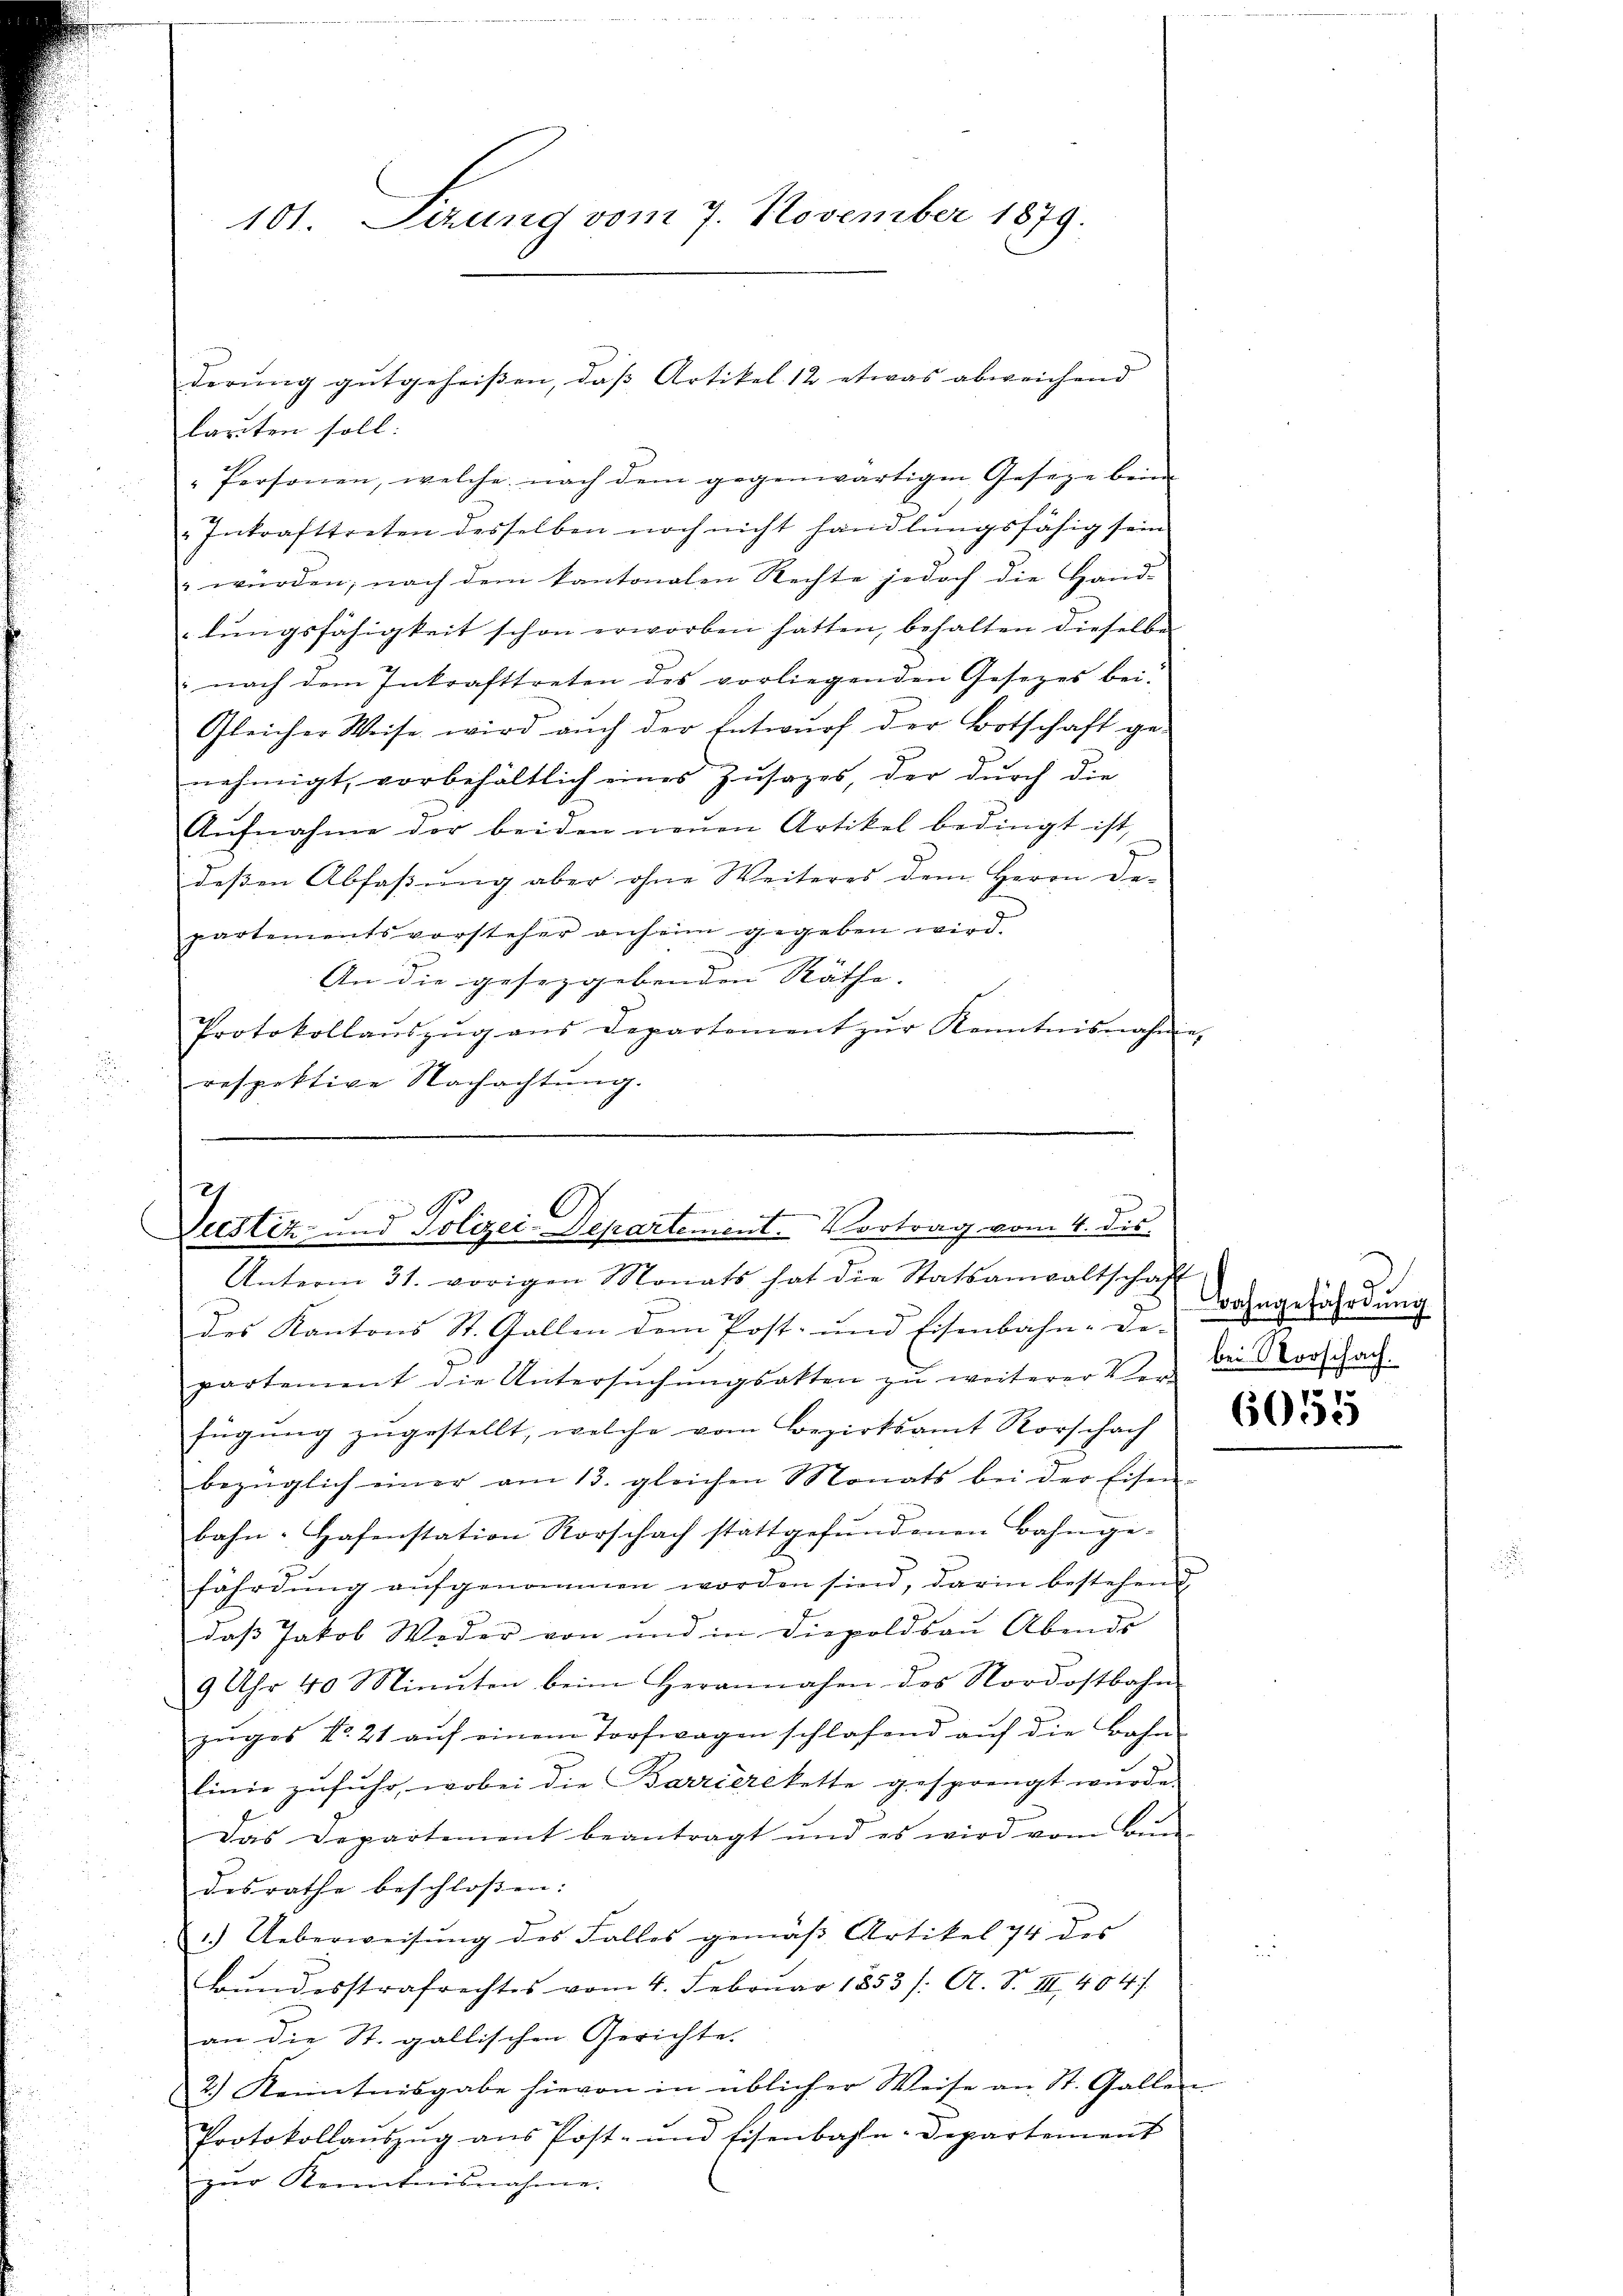
101. Serung vom 7. November 1879.

larten soll.
"Personen, welche nach dem gegenwärtigen Geseze beim
Intrafttreten desselben noch nicht handlŭngsfähig sein
 würden; nach dem kantonalen Rechte jedoch die Hand-
lŭngsfähigkeit schon erworben hätten, behalten dieselbe
: nach dem Inkrafttreten des vorliegenden Gesetzes bei:
Gleicher Weise wird aŭch der Entwŭrf der Botschaft ge-
nehmigt, vorbehältlich eines Zusages, der durch die
Aŭfnahme der beiden neŭen Artikel bedingt ist,
dessen Abfassung aber ohne Weiteres dem Herrn De-
partementsvorsteher anheim gegeben wird.
.
An die gesetzgebenden Räthe. |
Protokollaŭszŭg ans Departement zŭr Kenntnisnahme.
respektive Nachachtŭng.

derŭng gutgeheiβen, daβ Artikel 12 etwas abweichend

2
J
C

Secstiz- und Polizei-Departement. Vortrag vom 4. dis.
Unterm 31. vorigen Monats hat die Statsanwaltschaf

des Kantons St. Gallen dem Post- und Eisenbahn-De-
partement die Untersŭchŭngsakten zŭ weiterer Ver- den Vorschach
fügung zugestellt, welche vom Bezirksamt Rorschach
bezüglich einer am 13. gleichen Monats bei der Eisen-
bahn-Hafenstation Rorschach stattgefŭndenen Bahnge-
fährdŭng aŭfgenommen worden sind, darin bestehend
daβ Jakob Weder von und in Diepoldsaŭ Abends
9 Uhr 40 Minuten beim Herannahen des Nordostbahn
zŭges No. 21 aŭf einem Torfwagen schlafend aŭf die Bahn
linie zufuhr, wobei die Barrierekette gesprengt wurde.
Das Departement beantragt und es wird vom Bŭn-
desrathe beschloßen:
.) Ueberweisŭng des Falles gemäβ Artikel 74 des
Bŭndesstrafrechtes vom 4. Februar 1853 /: A. S. III 404.
an die St. gallischen Gerichte.
2.) Kenntnisgabe hievon in üblicher Weise an St. Gallen
Protokollaŭszŭg ans Post- und Eisenbahn-Departement
zŭr Kenntnisnahme:

Bahngefährdung

6055